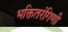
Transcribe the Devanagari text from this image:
भक्तितरंगिणी